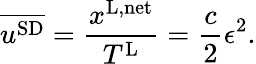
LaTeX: \overline{{u^{\textnormal{SD}}}}=\frac{x^{\textnormal{L,net}}}{T^{\textnormal{L}}}=\frac{c}{2}\epsilon^{2}.